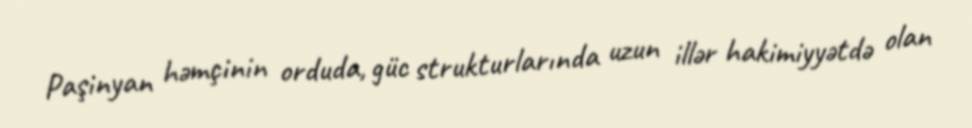
Paşinyan həmçinin orduda, güc strukturlarında uzun illər hakimiyyətdə olan